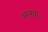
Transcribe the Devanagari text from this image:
अल्ख़ा।